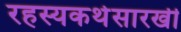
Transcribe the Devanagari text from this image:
रहस्यकथेसारखी